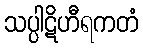
သပ္ပါဋိဟီရကတံ